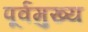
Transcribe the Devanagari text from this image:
पूर्वमुख्य